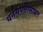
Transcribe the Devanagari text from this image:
धनसंपत्तीसोबत